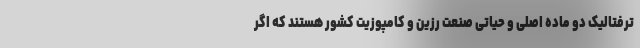
ترفتالیک دو ماده اصلی و حیاتی صنعت رزین و کامپوزیت کشور هستند که اگر